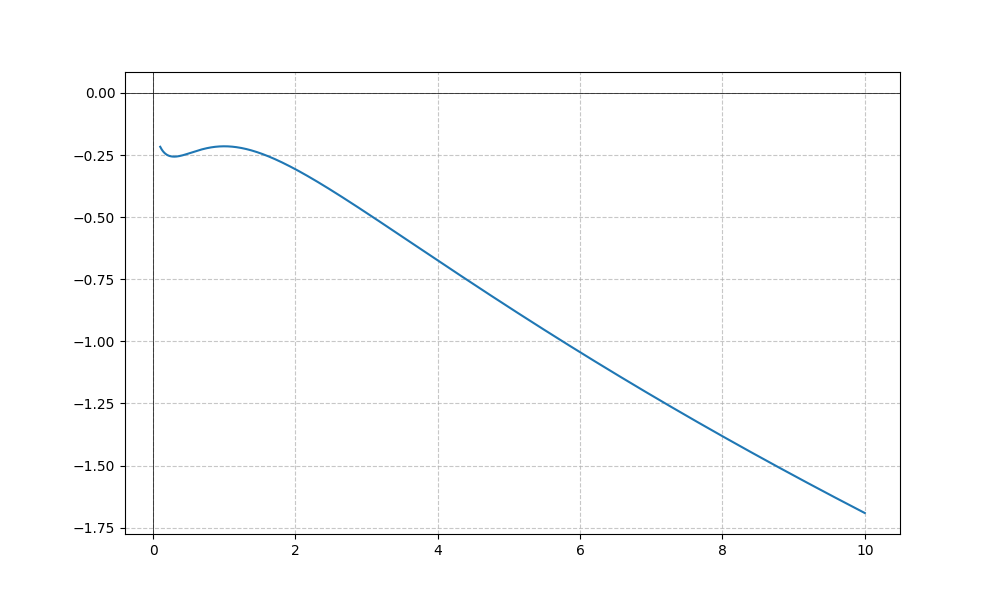
LaTeX formula: - \sqrt{x} + \operatorname{atan}{\left(x \right)}